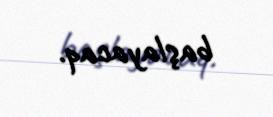
başlayacaq.